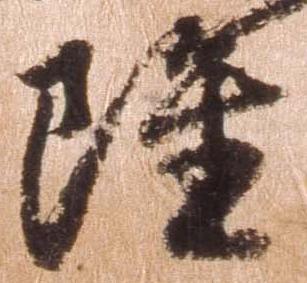
雖